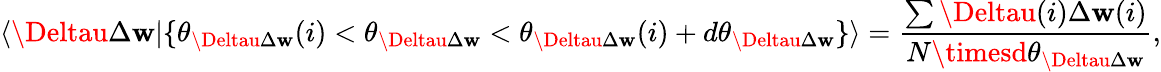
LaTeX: \langle\Deltau\Delta\mathbf{w}\vert\{ \theta_{\Deltau\Delta\mathbf{w}}(i)<\theta_{\Deltau\Delta\mathbf{w}}<\theta_{\Deltau\Delta\mathbf{w}}(i)+d\theta_{\Deltau\Delta\mathbf{w}}\} \rangle=\frac{{\sum\Deltau(i)\Delta\mathbf{w}(i)}}{{N\timesd\theta_{\Deltau\Delta\mathbf{w}}}},